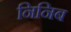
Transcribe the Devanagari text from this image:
निनिब